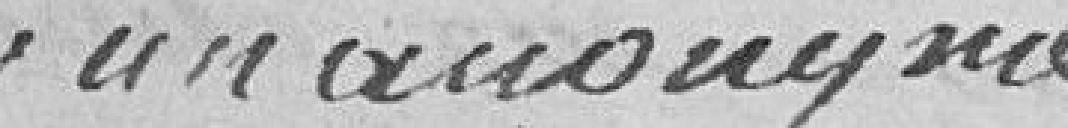
par un anonyme